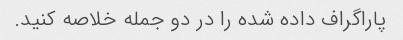
پاراگراف داده شده را در دو جمله خلاصه کنید.